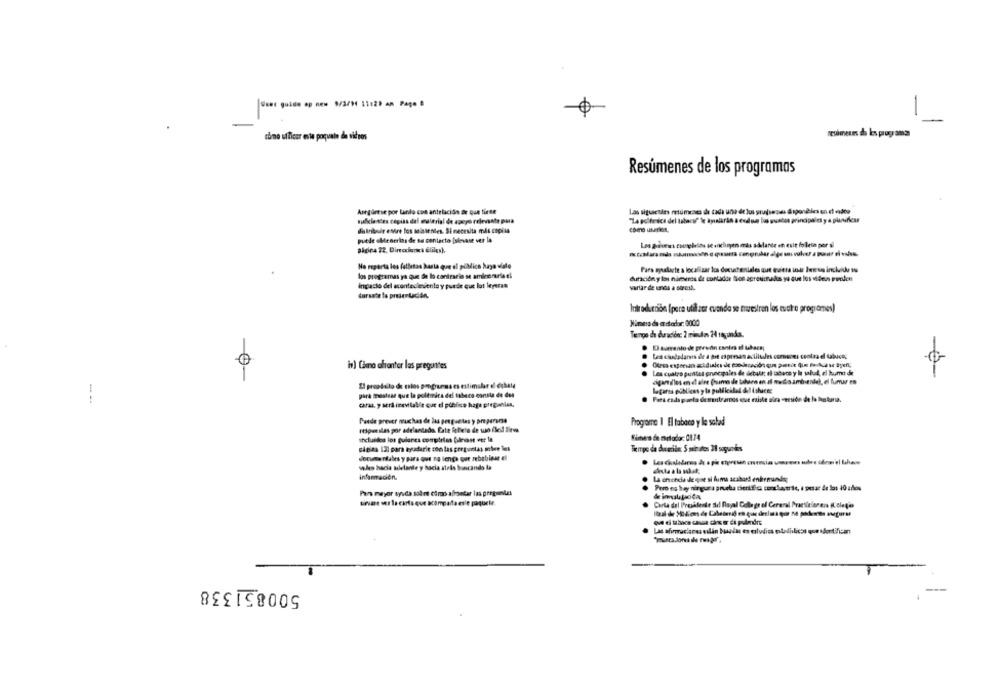
-
come utticer este paquete de videos
resúmenes da les programa
Resúmenes de los programas
Asegúrese por tanto con antelación de que tiene
Las sigusesles meumeacs de cada uno de lus grupsesas Sigonèle en dedoo
suficientes copias del material de azero relevate pura
"La golfesice del tabaco" le ayudarán a eude los sualos principales y a planificar
datribuir evre los snissenles. Si necesita mis copias
puede obtenerins de sa contacto [sirvase ver la
Los giveus czeglelas se incluyen eras adelante en esit folleta por si
No reporta les falletan hasta que el público haya valo
Para ayudarte a localizar los docuchentales que eviera inde Ieres incluido su
los programas ya que Se lo contrario se aminerarie el
impacto del acontecievento y puede que los leperaa
variar de unos a stresa.
dursate la presentación.
Introducción (para utilizar evenda se muestren los evetro progyömes)
Mimers de erstedar. 0000
Les ciudadaris dle a pit espresan actiludes communes contra el tabaco;
iv) Como chanter las preguntes
....
Les cuatro pointtat gnecigales de debatt: el tabaco y le sabud, el humo de
Il proadalto de mios programms es estimular el dahata
para mostrar que la polémica del tabaco consta de des
lugares públicos y la publicidad del ishace:
--
Para cada parta de meustramos est esiste sira -mrside de la lastoria.
carat. yaeri inevitable cur el público hage pregunles,
Puede prever muchas de las preguntas y prepararse
Itipuslas por adelantado. Este falete de wo (le Sirve
Programa I El tabaco y lle salad
Incluidos lot guiones completas Galnost ver la
sieas ISI para ayudarle con las perguntas solve les
Temps da ducación. S mie ates 28 sounds
documentales y para que no tengo que zebabies el
sales hacia adelante y hacia stels buscando la
información.
LA erencia de que si fuuma acabort enkenundy
Pero es hay ningura prueba cientific constante, a pesar de los 10 adlos
Para mayor ayuda sobre eiro afrontar las preguntas
tirvar ser la carta que acompaita este paquete
Carta del Presidente del Royal College of Cereral Practicforens (Lolete
500851338